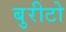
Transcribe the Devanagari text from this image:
बुरीटो